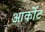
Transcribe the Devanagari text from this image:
आर्कोट